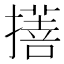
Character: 𢴯